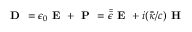
\textbf { D } = \epsilon _ { 0 } \textbf { E } + \textbf { P } = \Bar { \Bar { \epsilon } } \textbf { E } + i ( \Bar { \Bar { \kappa } } / c ) \textbf { H }